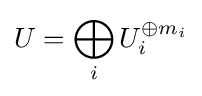
U=\bigoplus _{i}U_{i}^{\oplus m_{i}}